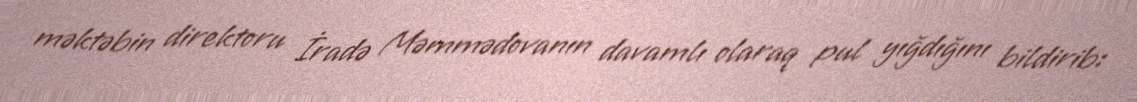
məktəbin direktoru İradə Məmmədovanın davamlı olaraq pul yığdığını bildirib: